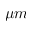
\mu m